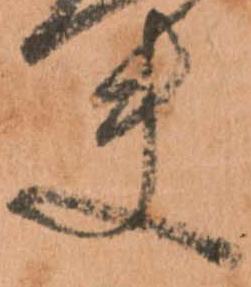
夫